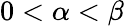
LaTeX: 0<\alpha<\beta